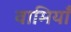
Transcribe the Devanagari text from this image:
वामियाँ